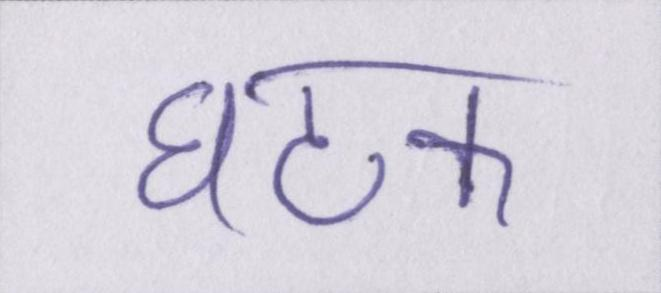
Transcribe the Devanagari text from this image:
घटक